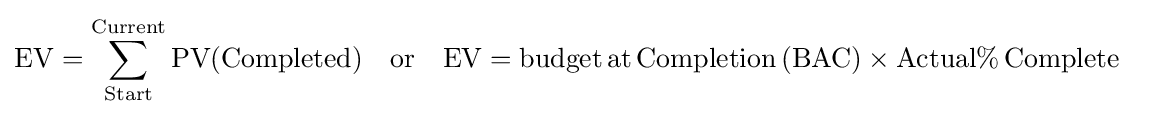
{\textstyle {\begin{aligned}\mathrm {EV} &=\sum _{\mathrm {Start} }^{\mathrm {Current} }\mathrm {PV(Completed)} \quad \mathrm {or} \quad \mathrm {EV} =\mathrm {budget\,at\,Completion\,(BAC)} \times \mathrm {Actual\%\,Complete} \end{aligned}}}